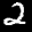
Label: 2